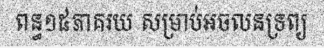
ពន្ធ១៥ភាគរយ សម្រាប់អចលនទ្រព្យ